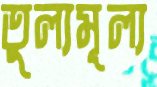
তুল্যমূল্য